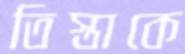
তিস্তাকে